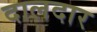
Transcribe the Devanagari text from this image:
दालदार